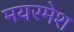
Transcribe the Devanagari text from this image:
मयरमेश